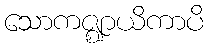
သောကဇ္ဈာယိကာပိ